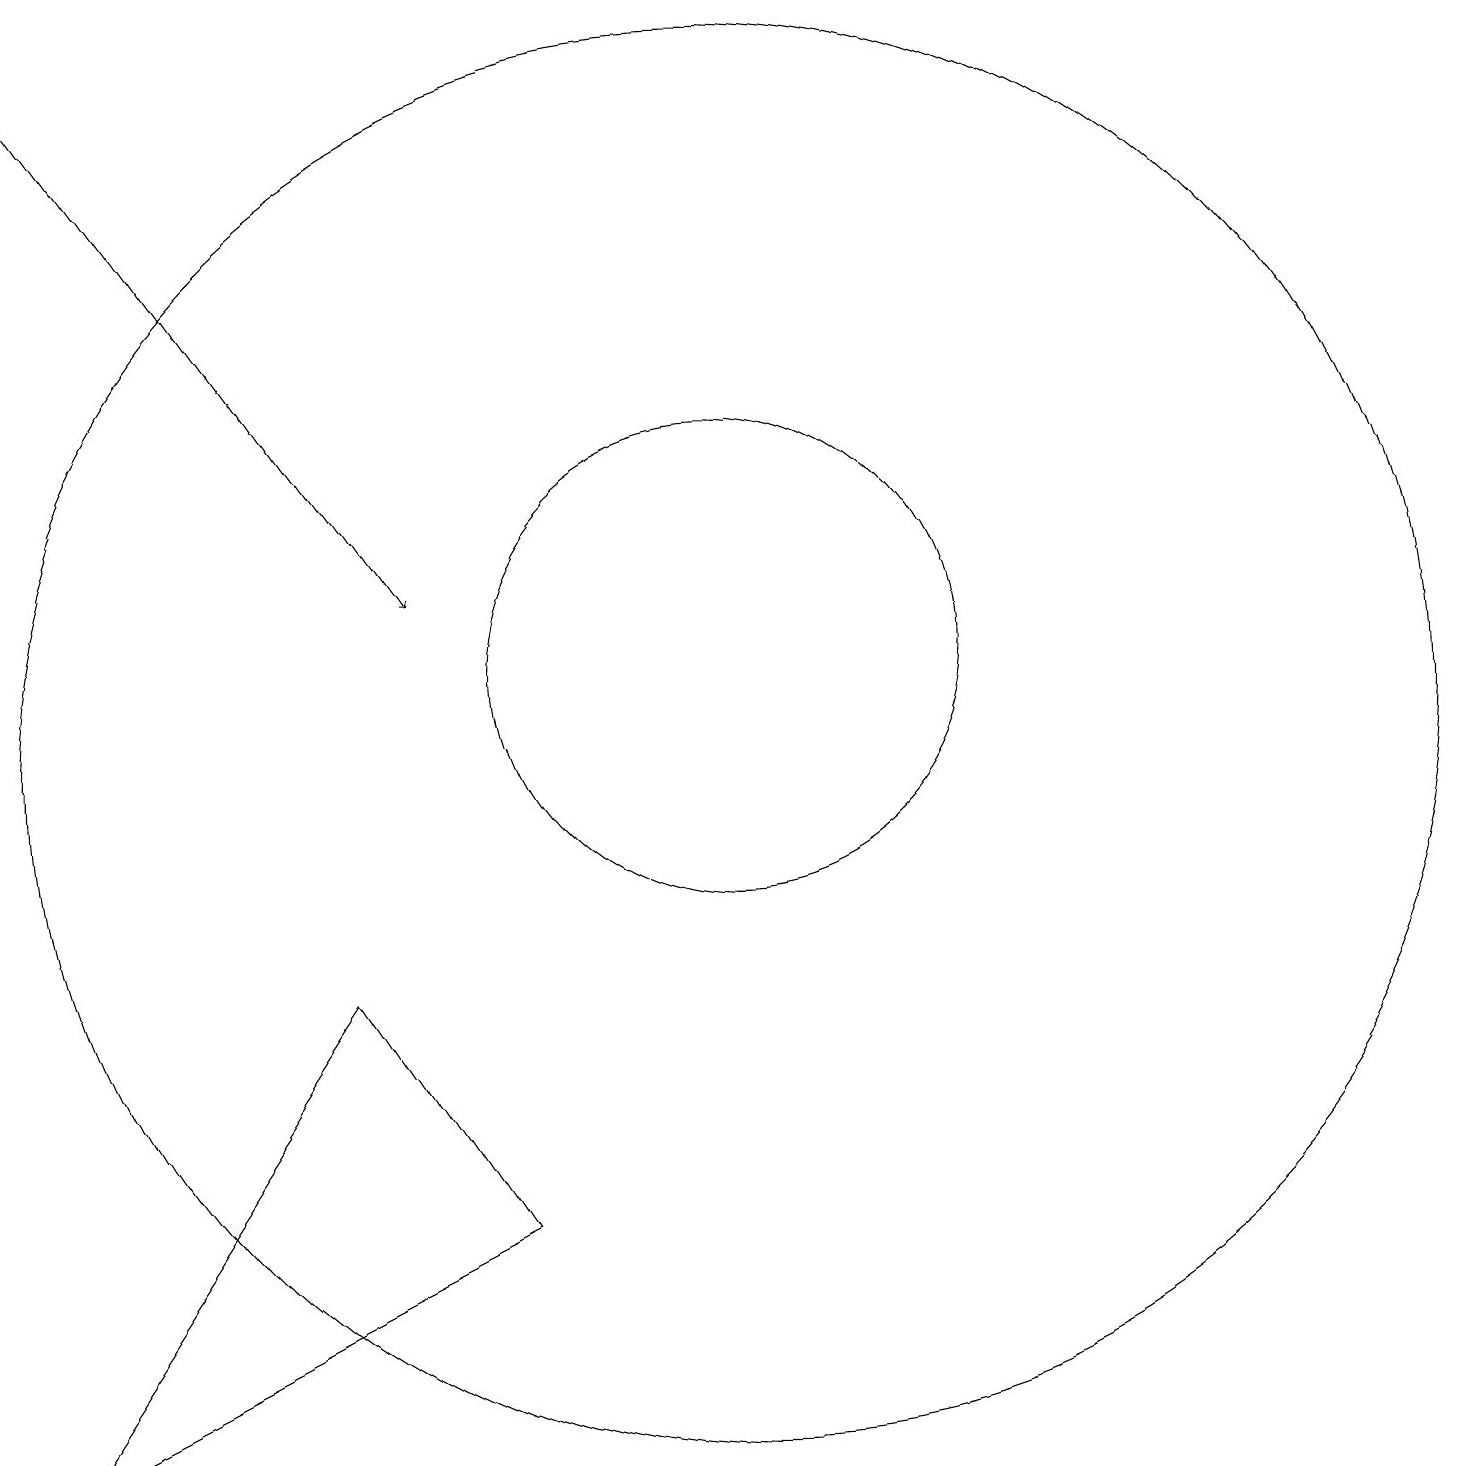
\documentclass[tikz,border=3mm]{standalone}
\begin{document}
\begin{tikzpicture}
\draw (10,10) circle (9);
\draw[->] (1,19) -- (6,12);
\draw (7,4) -- (1,1) -- (5,7) -- cycle;
\draw (10,11) circle (3);
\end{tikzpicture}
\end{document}